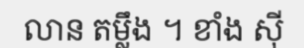
លាន តម្លឹង ។ ខាំង ស៊ី